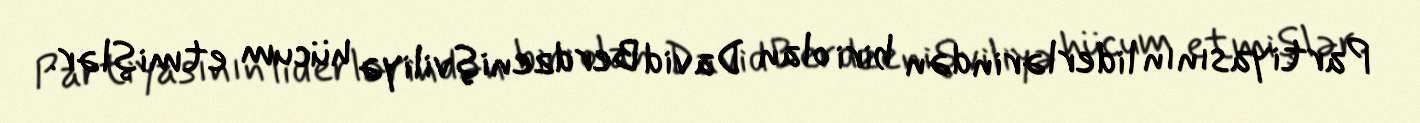
Partiyasının liderlərindən biri olan David Berdzenişviliyə hücum etmişlər.